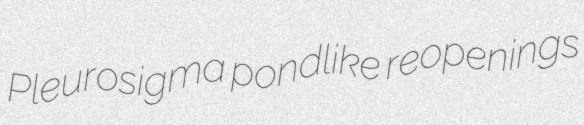
Pleurosigma pondlike reopenings